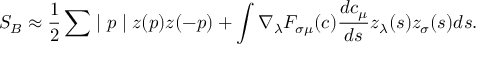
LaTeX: S _ { B } \approx \frac { 1 } { 2 } \sum \mid p \mid z ( p ) z ( - p ) + \int \nabla _ { \lambda } F _ { \sigma \mu } ( c ) \frac { d c _ { \mu } } { d s } z _ { \lambda } ( s ) z _ { \sigma } ( s ) d s .